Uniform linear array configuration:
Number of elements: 12
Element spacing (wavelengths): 0.75
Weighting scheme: uniform
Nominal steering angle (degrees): -60
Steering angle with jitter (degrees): -61.874
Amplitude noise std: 0.05
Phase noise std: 0.05

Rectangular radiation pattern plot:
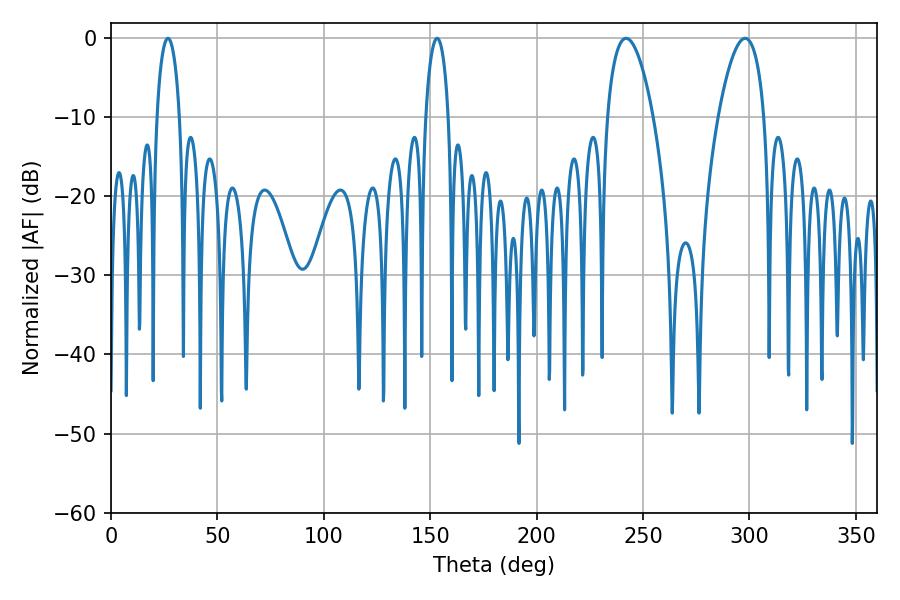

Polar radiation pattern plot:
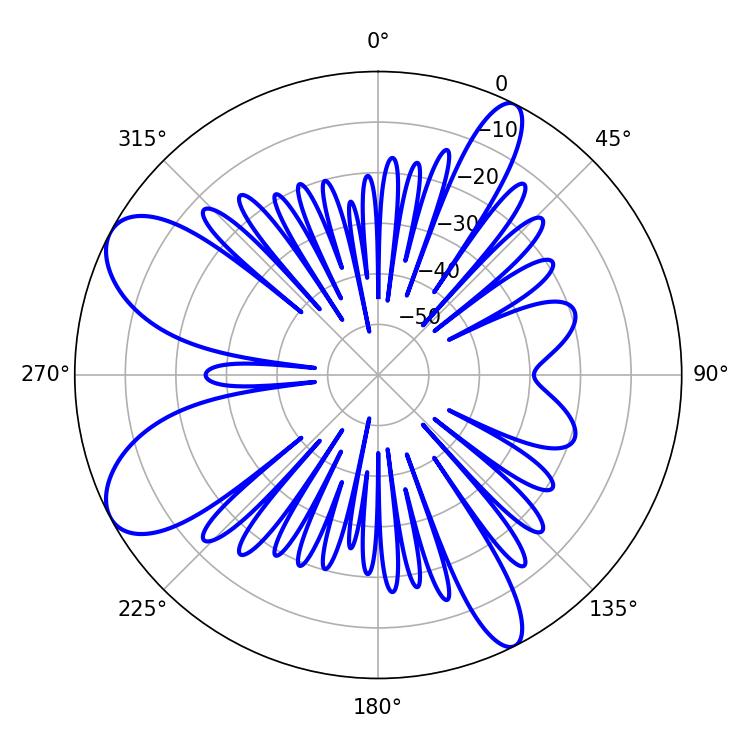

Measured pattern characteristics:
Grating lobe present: TRUE
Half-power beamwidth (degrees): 12.06
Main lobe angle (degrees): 242.1